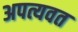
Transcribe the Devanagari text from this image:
अपत्यवत